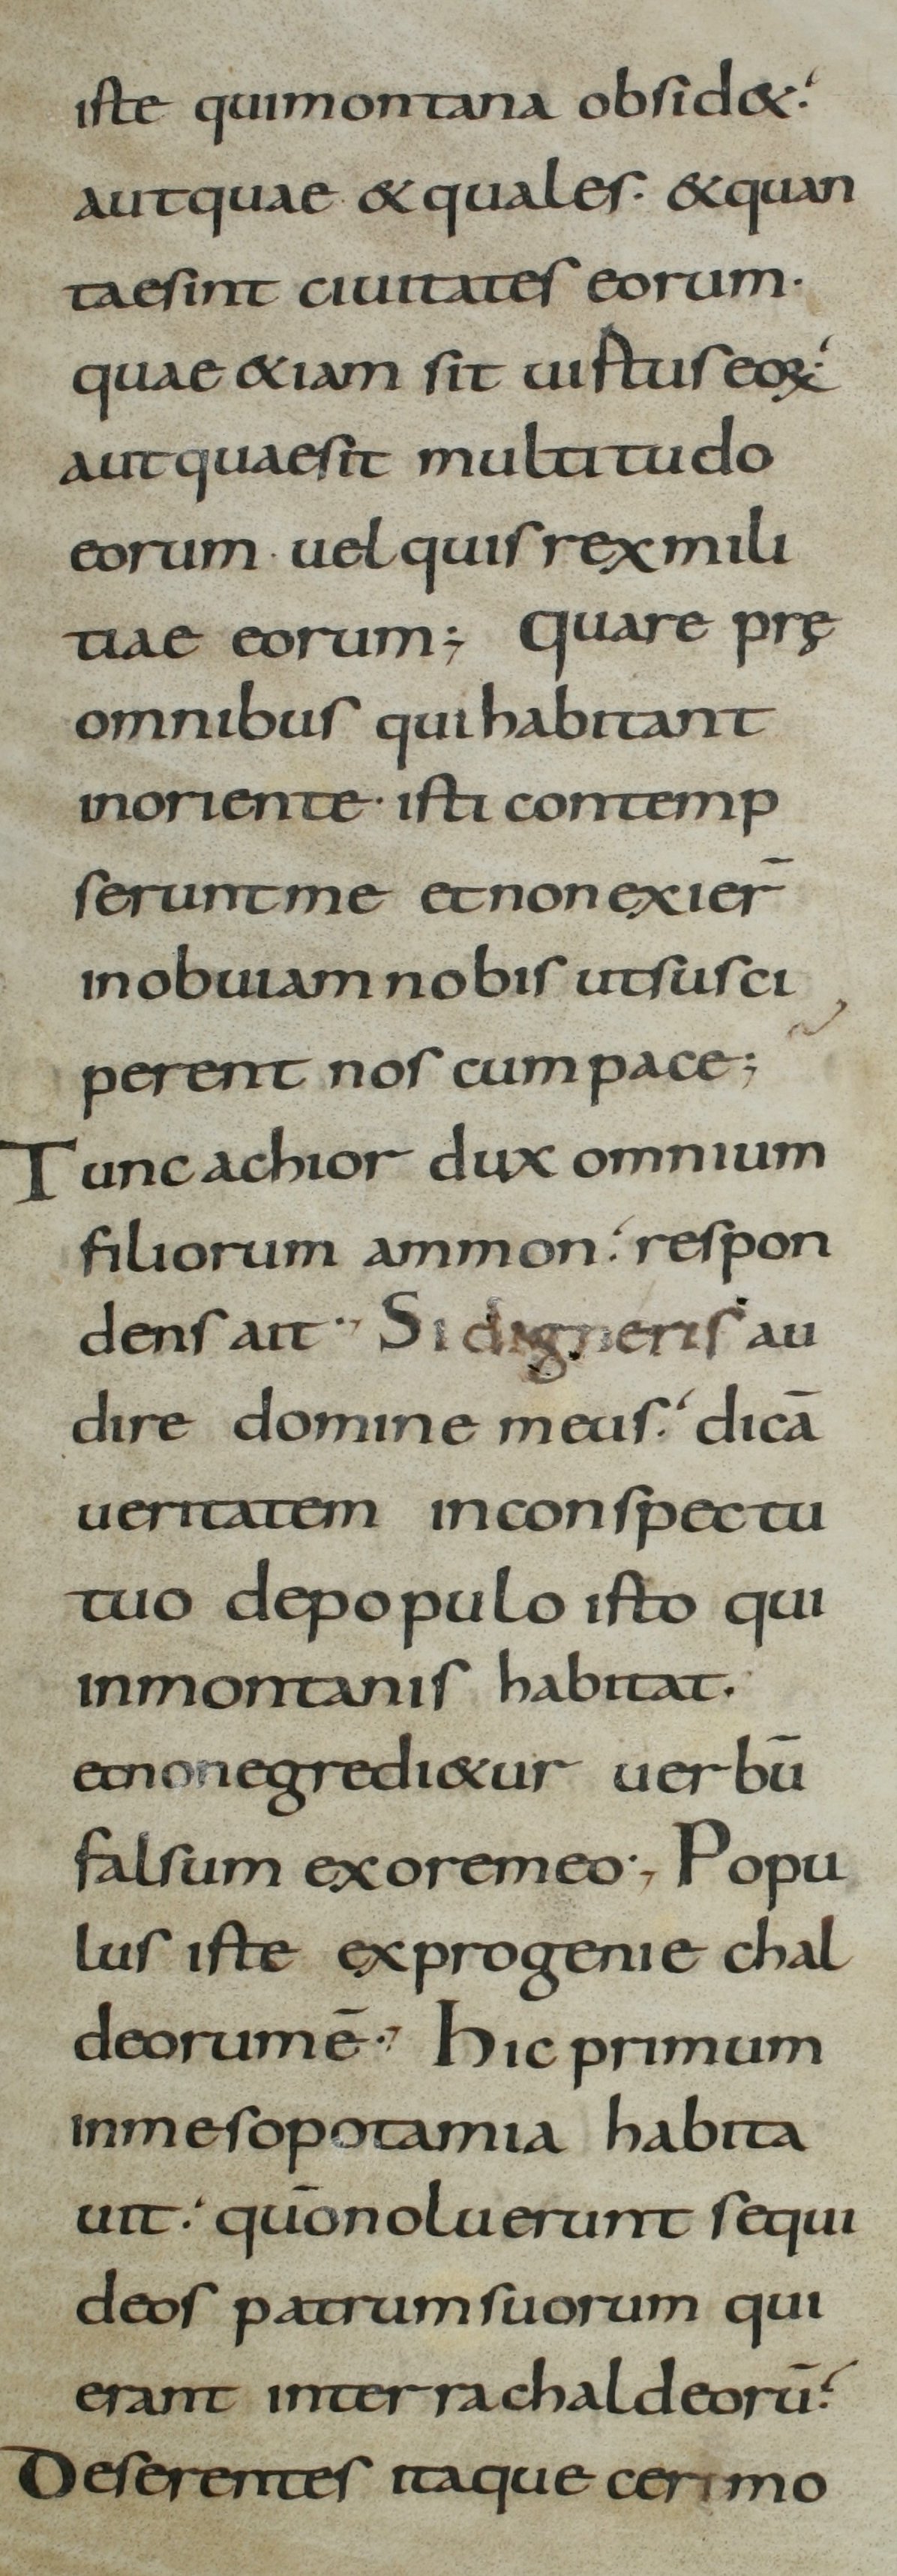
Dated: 800–899